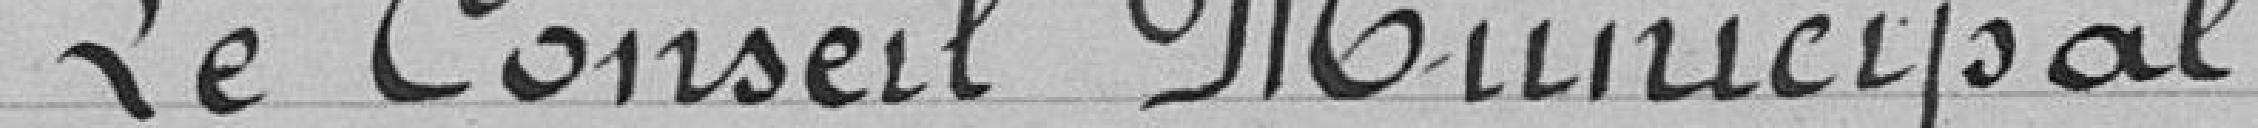
Le Conseil Municipal